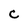
Character: C